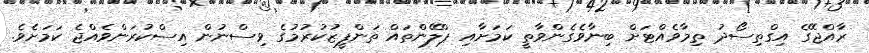
ރާއްޖޭގެ އިގްތިސޯދު ތިމާވެއްޓަށް ބިނާވެގެންވާތީ ކަމަށާއި ޕްލޭންތައް ތަންފީޒުކުރުމުގެ ވިސްނުން އިސްކުރަންވެއްޖެ ކަަމަށެވެ.